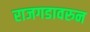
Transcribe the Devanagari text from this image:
राजगडावरुन